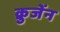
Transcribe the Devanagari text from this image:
क्रुजेंन